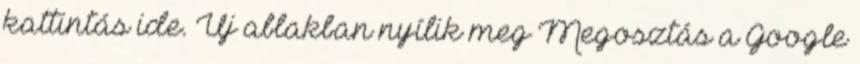
kattintás ide. Új ablakban nyílik meg Megosztás a Google